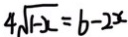
4 \sqrt { 1 - x } = b - 2 x